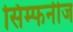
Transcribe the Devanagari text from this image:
सिम्फनीज